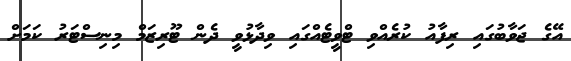
އޭގެ ޖަވާބުގައި ރިފާއު ކުރެއްވި ޓްވީޓެއްގައި ވިދާޅުވީ ދެން ޓޫރިޒަމް މިނިސްޓަރު ކަމަށް